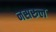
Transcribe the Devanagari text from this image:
नसरुल